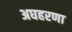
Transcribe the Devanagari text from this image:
अघहरणा